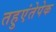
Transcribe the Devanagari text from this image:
तहुएंतेपेक